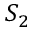
S _ { 2 }